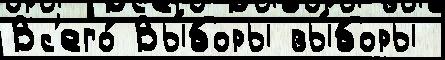
Вс'его́ Вы́боры вы́боры